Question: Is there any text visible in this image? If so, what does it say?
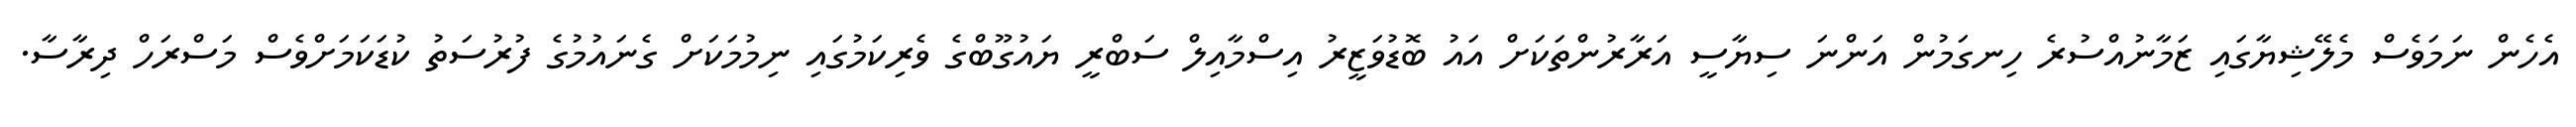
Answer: އެހެން ނަމަވެސް މެލޭޝިޔާގައި ޒަމާނުއްސުރެ ހިނގަމުން އަންނަ ސިޔާސީ އަރާރުންތަކަށް އައު ބޮޑުވަޒީރު އިސްމާއިލް ސަބްރީ ޔައުގޫބްގެ ވެރިކަމުގައި ނިމުމަކަށް ގެނައުމުގެ ފުރުސަތު ކުޑަކަމަށްވެސް މަސްރަހް ދިރާސާ.